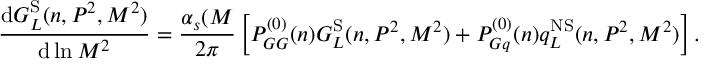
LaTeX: \frac { { \mathrm { d } } G _ { L } ^ { \mathrm { S } } ( n , P ^ { 2 } , M ^ { 2 } ) } { { \mathrm { d } } \ln M ^ { 2 } } = \frac { \alpha _ { s } ( M } { 2 \pi } \left[ P _ { G G } ^ { ( 0 ) } ( n ) G _ { L } ^ { \mathrm { S } } ( n , P ^ { 2 } , M ^ { 2 } ) + P _ { G q } ^ { ( 0 ) } ( n ) q _ { L } ^ { \mathrm { N S } } ( n , P ^ { 2 } , M ^ { 2 } ) \right] .